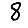
Digit: 8